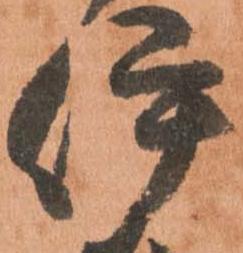
伊